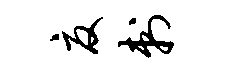
夏刺